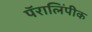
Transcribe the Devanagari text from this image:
पॅरालिंपीक